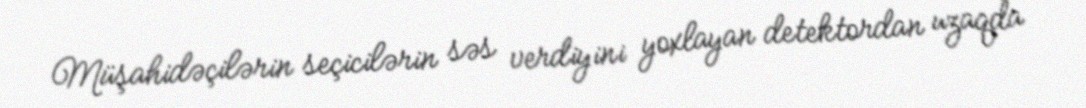
Müşahidəçilərin seçicilərin səs verdiyini yoxlayan detektordan uzaqda